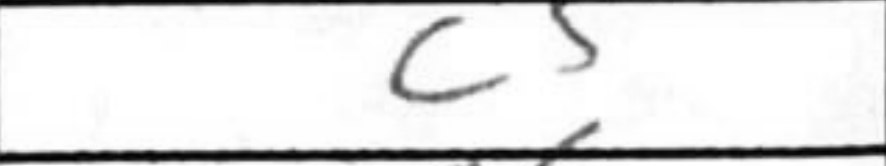
Transcription: c5